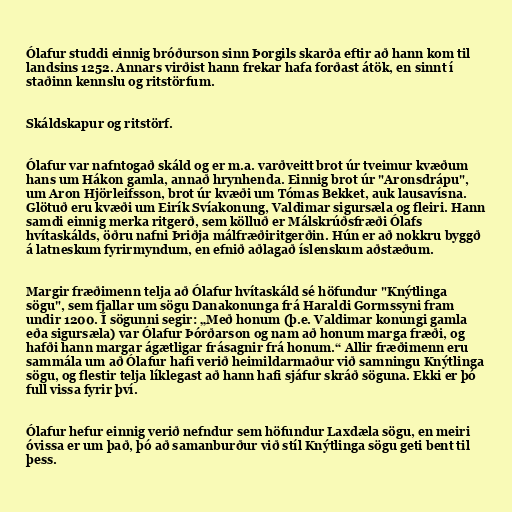
Ólafur studdi einnig bróðurson sinn Þorgils skarða eftir að hann kom til
landsins 1252. Annars virðist hann frekar hafa forðast átök, en sinnt í
staðinn kennslu og ritstörfum.

Skáldskapur og ritstörf.

Ólafur var nafntogað skáld og er m.a. varðveitt brot úr tveimur kvæðum
hans um Hákon gamla, annað hrynhenda. Einnig brot úr "Aronsdrápu",
um Aron Hjörleifsson, brot úr kvæði um Tómas Bekket, auk lausavísna.
Glötuð eru kvæði um Eirík Svíakonung, Valdimar sigursæla og fleiri. Hann
samdi einnig merka ritgerð, sem kölluð er Málskrúðsfræði Ólafs
hvítaskálds, öðru nafni Þriðja málfræðiritgerðin. Hún er að nokkru byggð
á latneskum fyrirmyndum, en efnið aðlagað íslenskum aðstæðum.

Margir fræðimenn telja að Ólafur hvítaskáld sé höfundur "Knýtlinga
sögu", sem fjallar um sögu Danakonunga frá Haraldi Gormssyni fram
undir 1200. Í sögunni segir: „Með honum (þ.e. Valdimar konungi gamla
eða sigursæla) var Ólafur Þórðarson og nam að honum marga fræði, og
hafði hann margar ágætligar frásagnir frá honum.“ Allir fræðimenn eru
sammála um að Ólafur hafi verið heimildarmaður við samningu Knýtlinga
sögu, og flestir telja líklegast að hann hafi sjáfur skráð söguna. Ekki er þó
full vissa fyrir því.

Ólafur hefur einnig verið nefndur sem höfundur Laxdæla sögu, en meiri
óvissa er um það, þó að samanburður við stíl Knýtlinga sögu geti bent til
þess.